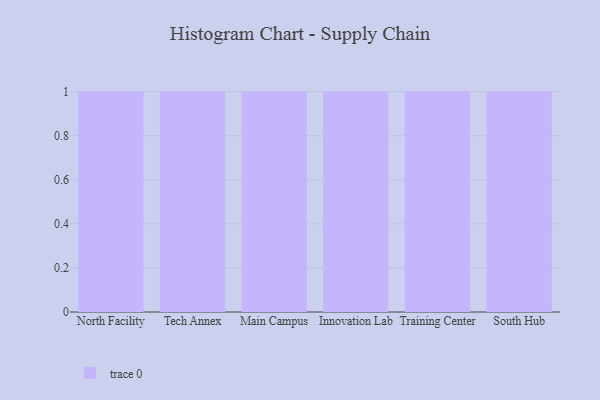
{"axis": {"x": "Campus", "y": "Tickets Resolved"}, "legend": [""], "data": [{"x": "North Facility", "y": 52, "type": ""}, {"x": "Tech Annex", "y": 32, "type": ""}, {"x": "Main Campus", "y": 28, "type": ""}, {"x": "Innovation Lab", "y": 80, "type": ""}, {"x": "Training Center", "y": 99, "type": ""}, {"x": "South Hub", "y": 80, "type": ""}]}